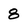
Character: 8